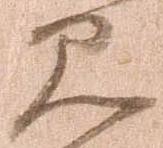
見